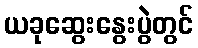
ယခုဆွေးနွေးပွဲတွင်